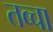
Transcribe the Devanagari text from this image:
तव्चा